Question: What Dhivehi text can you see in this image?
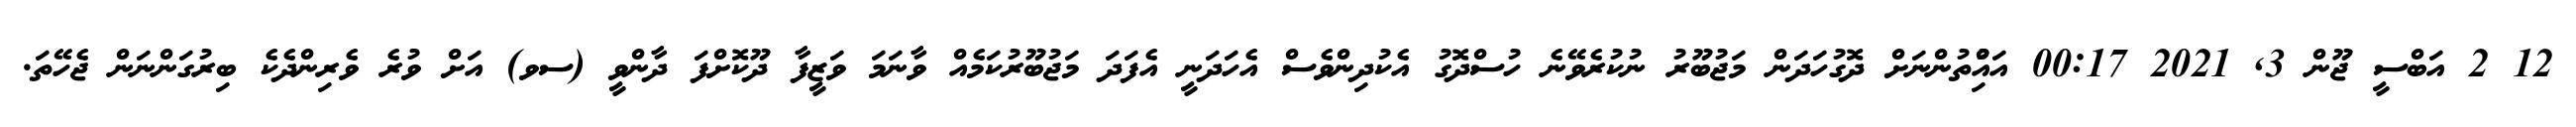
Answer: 12 2 އަބްސީ ޖޫން 3, 2021 00:17 އައްުިތުންނަށް ދޮގުހަދަން މަޖުބޫރު ނުކުރެވޭނެ ހުސްދޮގު އެކުދިންވެސް އެހަދަނީ އެފަދަ މަޖުބޫރުކަމެއް ވާނަމަ ވަޒީފާ ދޫކޮށްފަ ދާންވީ (ސވ) އަށް ވުރެ ވެރިންދެކެ ބިރުގަންނަން ޖެހޭތަ.